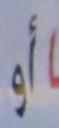
أو